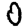
Digit: 0